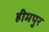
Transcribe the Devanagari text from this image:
हीमपुर